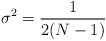
\begin{align*}\sigma^2 = {1\over {2(N-1)}} \end{align*}